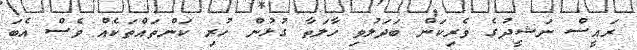
ރައީސް ނަޝީދުގެ ވެރިކަން ބަދަލުވި ހާލަތާ ގުޅުން ހުރި ކަންތައްތަކެއް ވެސް އެބަ